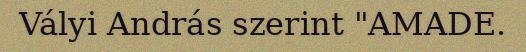
Vályi András szerint "AMADE.